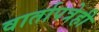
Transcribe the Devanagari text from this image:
वार्तापत्रेही